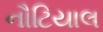
નૌટિયાલ